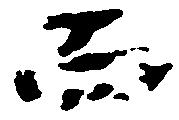
而